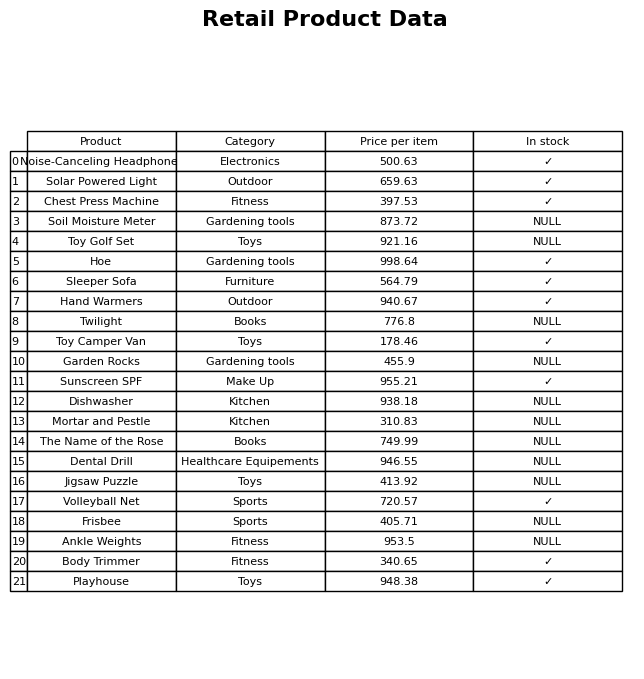
question: What is the price of the Hoe?
answer: The price of Hoe is 998.64.